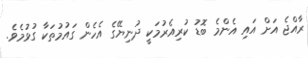
ރާއްޖެ އަށް އައި އެންމެ ބޮޑު ކުރިއެރުމަކީ ދުނިޔޭގެ އެހެން ގައުމުތަކާ ގުޅުމެވެ.